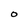
Character: O